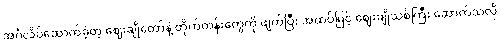
အင်္ဂလိပ်ဆောက်ခဲ့တဲ့ ဈေးချိုတော်နဲ့ တိုက်တန်းတွေကို ဖျက်ပြီး အထပ်မြင့် ဈေးချိုသစ်ကြီး ဆောက်သလို